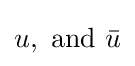
u,\ \mathrm {and} \ {\bar {u}}